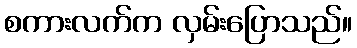
စကားလက်က လှမ်းပြောသည်။